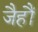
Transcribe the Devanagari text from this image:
जैहौं